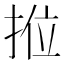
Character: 𭠿